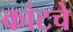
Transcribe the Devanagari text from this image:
कांटचे